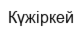
Күжіркей